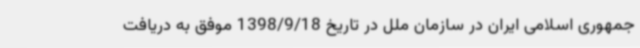
جمهوری اسلامی ایران در سازمان ملل در تاریخ 1398/9/18 موفق به دریافت